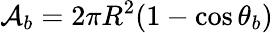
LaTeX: \mathcal{A}_{b}=2\pi R^{2}(1-\cos\theta_{b})